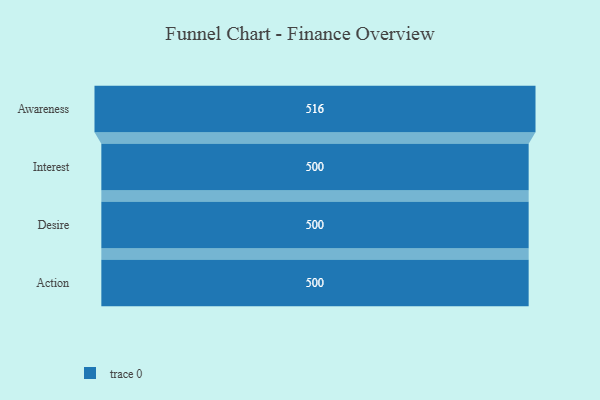
{"axis": {"x": "Stage", "y": "Value"}, "legend": [""], "data": [{"x": "Awareness", "y": 516.0, "type": ""}, {"x": "Interest", "y": 500, "type": ""}, {"x": "Desire", "y": 500, "type": ""}, {"x": "Action", "y": 500, "type": ""}]}